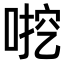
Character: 𫪶